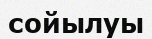
сойылуы